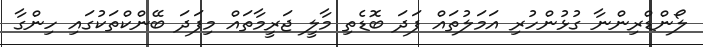
ލޯންޑްރިންނާ ގުޅުންހުރި އަމަލުތައް ފަދަ ބޮޑެތި މާލީ ޖަރީމާތައް މިފަދަ ބޭންކްތަކުގައި ހިންގާ